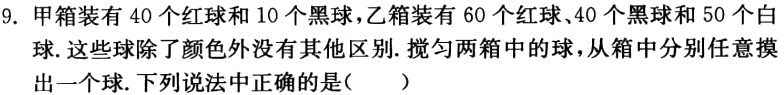
9. 甲箱装有 40 个红球和 10 个黑球，乙箱装有 60 个红球、40 个黑球和 50 个白球. 这些球除了颜色外没有其他区别. 搅匀两箱中的球，从箱中分别任意摸出一个球. 下列说法中正确的是(  )